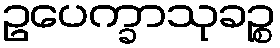
ဥပေက္ခာသုခဉ္စ